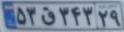
۵۳ق۳۴۳۲۹